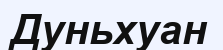
Дуньхуан